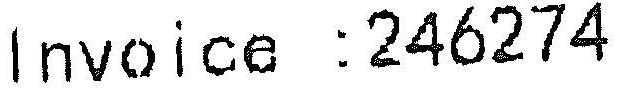
INVOICE :246274